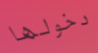
دخولها